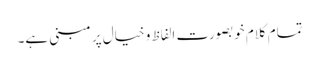
تمام کلام خوبصورت الفاظ و خیال پر مبنی ہے۔